system: You are a helpful assistant.
user:
Analyze the provided spectrum to determine if it is a **M-type Giant (gM)**.

A M-type Giant spectrum is defined by its **strong molecular absorption** features, particularly from **Titanium Oxide (TiO)**. You must check for one of the following mutually exclusive signatures:

- **Key Visual Indicators (Absorption-Dominated Spectrum):**

    - **(Primary):** The spectrum is dominated by strong molecular absorption from **Titanium Oxide (TiO)**. This is the **defining feature** of its M-type temperature class.
        - **(Key Bandheads):** Look for sharp, "saw-tooth" absorption valleys. The strongest are located near **~7050 Å**, **~6160 Å**, and **~5170 Å**.
        - **(Line Profile):** The "saw-tooth" morphology is critical: a **sharp, steep drop on the BLUE (short-wavelength) side** of the bandhead, followed by a gradual recovery (rising flux) towards the RED (long-wavelength) side.

    - **(Key Confirmation - Giant vs. Dwarf):** **ABSENCE** of strong **Calcium Hydride (CaH)** molecular bands. This is the primary diagnostic for *excluding* M-dwarfs.
        - **(Key Region):** The spectrum should lack the strong, broad absorption band seen in dwarfs between **~6800 Å and ~7000 Å**.

    - **(Secondary Confirmation - Giant):** A very strong and broad **Neutral Calcium (Ca I)** atomic absorption line.
        - **(Key Line):** Located at **~4226 Å**. In a giant (gM), this line is significantly deeper and broader than the same line in an M-dwarf (dM) due to low surface gravity.

    - **(Overall Spectrum):**
        - The continuum is **extremely red-sloping** (i.e., flux is very low in the blue and rises dramatically towards the red).
        - The entire spectrum appears "chopped up" by the deep TiO bands.

Think first, call **spectral_visualization_tool** if needed to examine features in detail, then provide your final answer. Your response must adhere to the following strict rules:
1.  **Overall Structure:** Your response must follow the format `<think>...</think> <tool_call>...</tool_call> (if a tool is used) <answer>...</answer>`.
2.  **Tool Usage Constraint:** You may only make **one** tool call per turn.
3.  **Final Answer Format:** In the `<answer>` tag, your conclusion must be inside a `\boxed{}` command (e.g., `\boxed{YES}` or `\boxed{NO}`), followed by your justification.

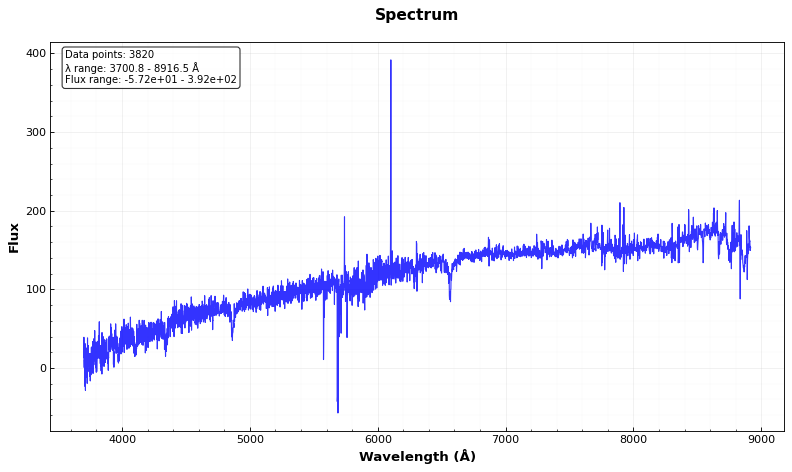
Answer: NO